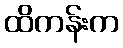
ထိကန်းက